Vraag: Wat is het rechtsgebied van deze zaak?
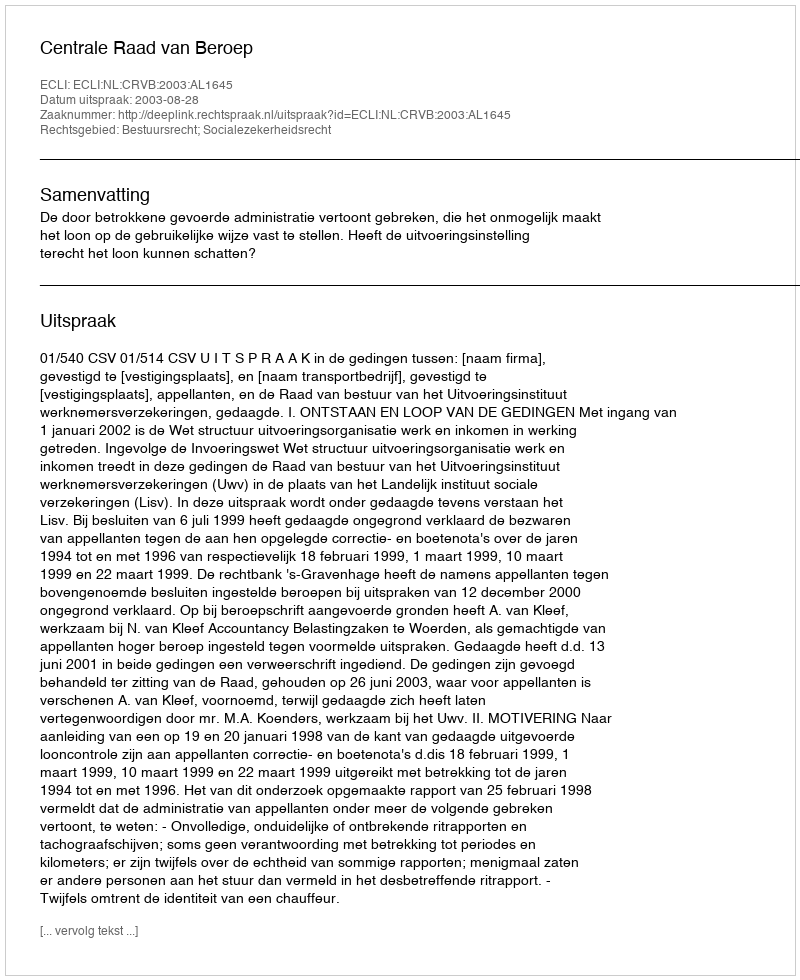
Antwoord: Bestuursrecht; Socialezekerheidsrecht